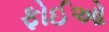
ફોઈઓ